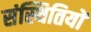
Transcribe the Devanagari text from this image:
संस्थितियों